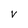
Character: V